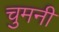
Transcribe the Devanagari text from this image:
चुमनी